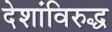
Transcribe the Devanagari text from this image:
देशांविरुद्ध